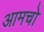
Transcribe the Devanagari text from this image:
आमचो